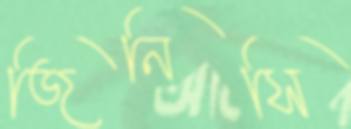
জিনিসি